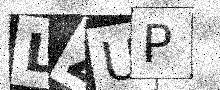
Text: LZUP